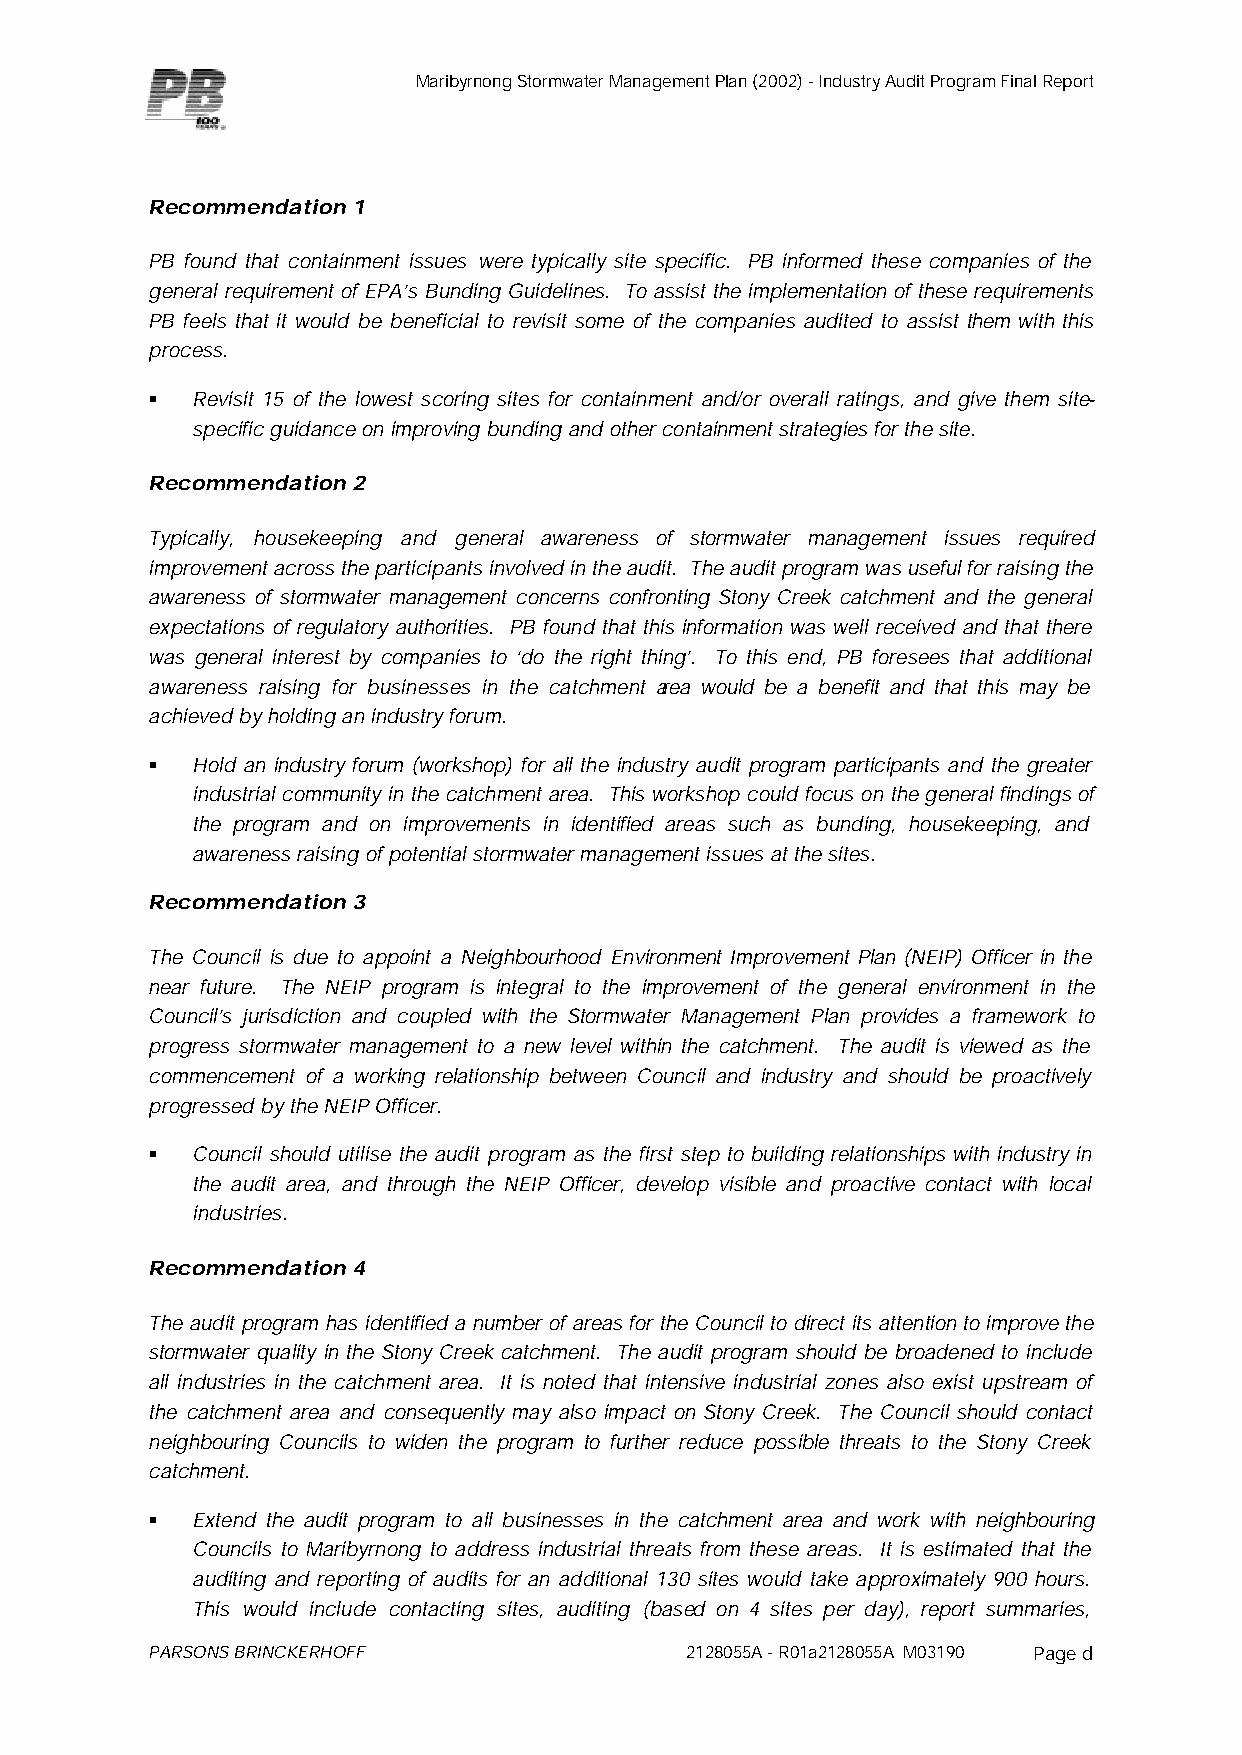
Maribyrnong Stormwater Management Plan (2002) - Industry Audit Program Final Report
 Recommendation 1
 PB found that containment issues were typically site specific. PB informed these companies of the
 general requirement of EPA’s Bunding Guidelines. To assist the implementation of these requirements
 PB feels that it would be beneficial to revisit some of the companies audited to assist them with this
 process.
 §  Revisit 15 of the lowest scoring sites for containment and/or overall ratings, and give them site-
 specific guidance on improving bunding and other containment strategies for the site.
 Recommendation 2
 Typically, housekeeping and general awareness of stormwater management issues required
 improvement across the participants involved in the audit. The audit program was useful for raising the
 awareness of stormwater management concerns confronting Stony Creek catchment and the general
 expectations of regulatory authorities. PB found that this information was well received and that there
 was general interest by companies to ‘do the right thing’. To this end, PB foresees that additional
 awareness raising for businesses in the catchment area would be a benefit and that this may be
 achieved by holding an industry forum.
 §  Hold an industry forum (workshop) for all the industry audit program participants and the greater
 industrial community in the catchment area. This workshop could focus on the general findings of
 the program and on improvements in identified areas such as bunding, housekeeping, and
 awareness raising of potential stormwater management issues at the sites.
 Recommendation 3
 The Council is due to appoint a Neighbourhood Environment Improvement Plan (NEIP) Officer in the
 near future. The NEIP program is integral to the improvement of the general environment in the
 Council’s jurisdiction and coupled with the Stormwater Management Plan provides a framework to
 progress stormwater management to a new level within the catchment. The audit is viewed as the
 commencement of a working relationship between Council and industry and should be proactively
 progressed by the NEIP Officer.
 §  Council should utilise the audit program as the first step to building relationships with industry in
 the audit area, and through the NEIP Officer, develop visible and proactive contact with local
 industries.
 Recommendation 4
 The audit program has identified a number of areas for the Council to direct its attention to improve the
 stormwater quality in the Stony Creek catchment. The audit program should be broadened to include
 all industries in the catchment area. It is noted that intensive industrial zones also exist upstream of
 the catchment area and consequently may also impact on Stony Creek. The Council should contact
 neighbouring Councils to widen the program to further reduce possible threats to the Stony Creek
 catchment.
 §  Extend the audit program to all businesses in the catchment area and work with neighbouring
 Councils to Maribyrnong to address industrial threats from these areas. It is estimated that the
 auditing and reporting of audits for an additional 130 sites would take approximately 900 hours.
 This would include contacting sites, auditing (based on 4 sites per day), report summaries,
 PARSONS BRINCKERHOFF               2128055A - R01a2128055A M03190 Page d